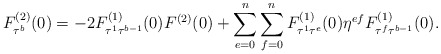
\begin{align*}F_{\tau^b}^{(2)}(0)=-2F_{\tau^1 \tau^{b-1}}^{(1)}(0)F^{(2)}(0)+\sum_{e=0}^n \sum_{f=0}^n F_{\tau^1 \tau^e}^{(1)}(0)\eta^{ef}F_{\tau^f \tau^{b-1}}^{(1)}(0).\end{align*}